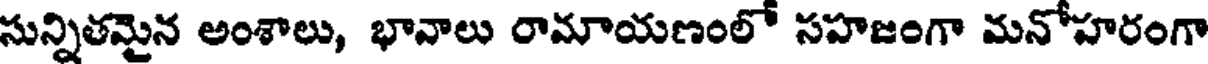
సున్నితమైన అంశాలు, భావాలు రామాయణంలో సహజంగా మనోహరంగా